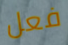
فعل